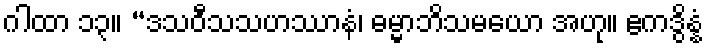
ဂါထာ ၁၃။ “ဒသဝီသသဟဿာနံ၊ ဓမ္မာဘိသမယော အဟု။ ဧကဒွိန္နံ